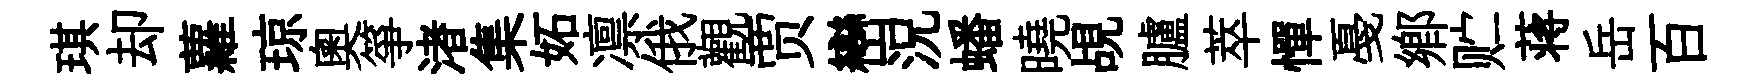
琪却蘿琼奥箏渚集妬凛俄觀贾巒況蟠曉覘臚萃憚戞郷贮蒋岳百